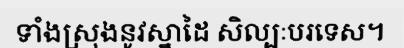
ទាំងស្រុងនូវស្នាដៃ សិល្បៈបរទេស។